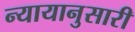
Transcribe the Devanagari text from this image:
न्यायानुसारी